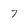
Character: 7